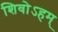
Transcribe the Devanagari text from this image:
शिवोऽहम्